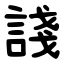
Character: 諓